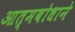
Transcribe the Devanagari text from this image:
आत्मबोधाने